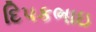
દિપકભાઇ